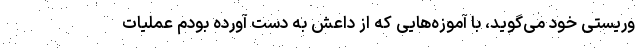
وریستی خود می‌گوید، با آموزه‌هایی که از داعش به دست آورده بودم عملیات